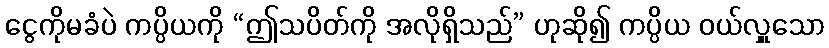
ငွေကိုမခံပဲ ကပ္ပိယကို “ဤသပိတ်ကို အလိုရှိသည်” ဟုဆို၍ ကပ္ပိယ ဝယ်လှူသော